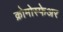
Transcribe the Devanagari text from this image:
क्रोमोस्फेअर